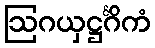
ဩဂယှဋ္ဌင်္ဂိကံ